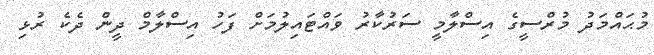
މުޙައްމަދު މުރްސީގެ އިސްލާމީ ސަރުކާރު ވައްޓައިލުމަށް ފަހު އިސްލާމް ދީން ދެކެ ރުޅި